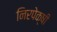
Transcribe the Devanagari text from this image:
निरपेक्षी